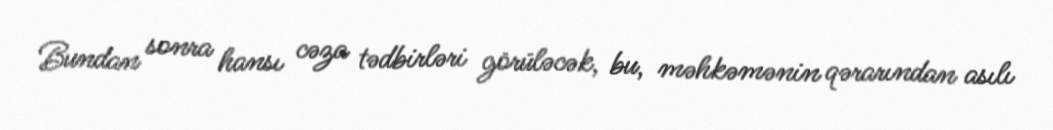
Bundan sonra hansı cəza tədbirləri görüləcək, bu, məhkəmənin qərarından asılı